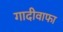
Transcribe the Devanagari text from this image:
गादीवाफा